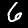
Digit: 6